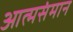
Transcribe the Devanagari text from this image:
आत्मसंमान